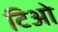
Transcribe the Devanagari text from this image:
टिओ